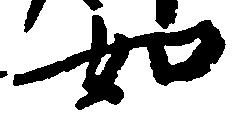
如